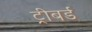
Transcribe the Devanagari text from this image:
ट्रीबर्ड